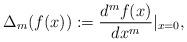
LaTeX: \begin{align*}\Delta_m(f(x))&:=\frac{d^mf(x)}{dx^m}|_{x=0},\end{align*}